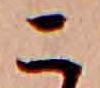
こ